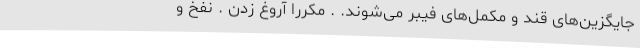
جایگزین‌های قند و مکمل‌های فیبر می‌شوند. . مکرراً آروغ زدن . نفخ و